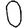
Digit: 0